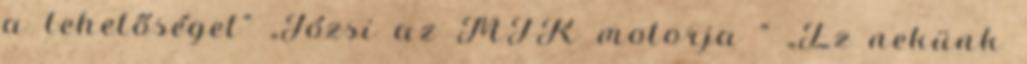
a lehetőséget” „Józsi az MTK motorja ” „Ez nekünk